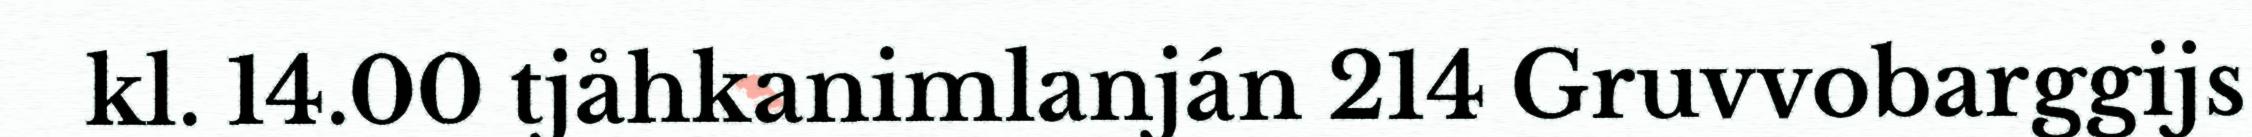
kl. 14.00 tjåhkanimlanján 214 Gruvvobarggijs